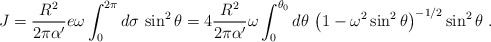
\begin{align*}J = {R^2\over 2 \pi\alpha'} e\omega\int_0^{2\pi} d\sigma \, \sin^2 \theta =4 {R^2\over 2 \pi \alpha'} \omega \int_0^{\theta_0} d\theta \, \left(1 - \omega^2 \sin^2\theta \right )^{-1/2} \sin^2\theta\ .\end{align*}